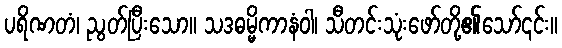
ပရိဏတံ၊ ညွတ်ပြီးသော။ သဒဓမ္မိကာနံဝါ၊ သီတင်းသုံးဖော်တို့၏သော်၎င်း။